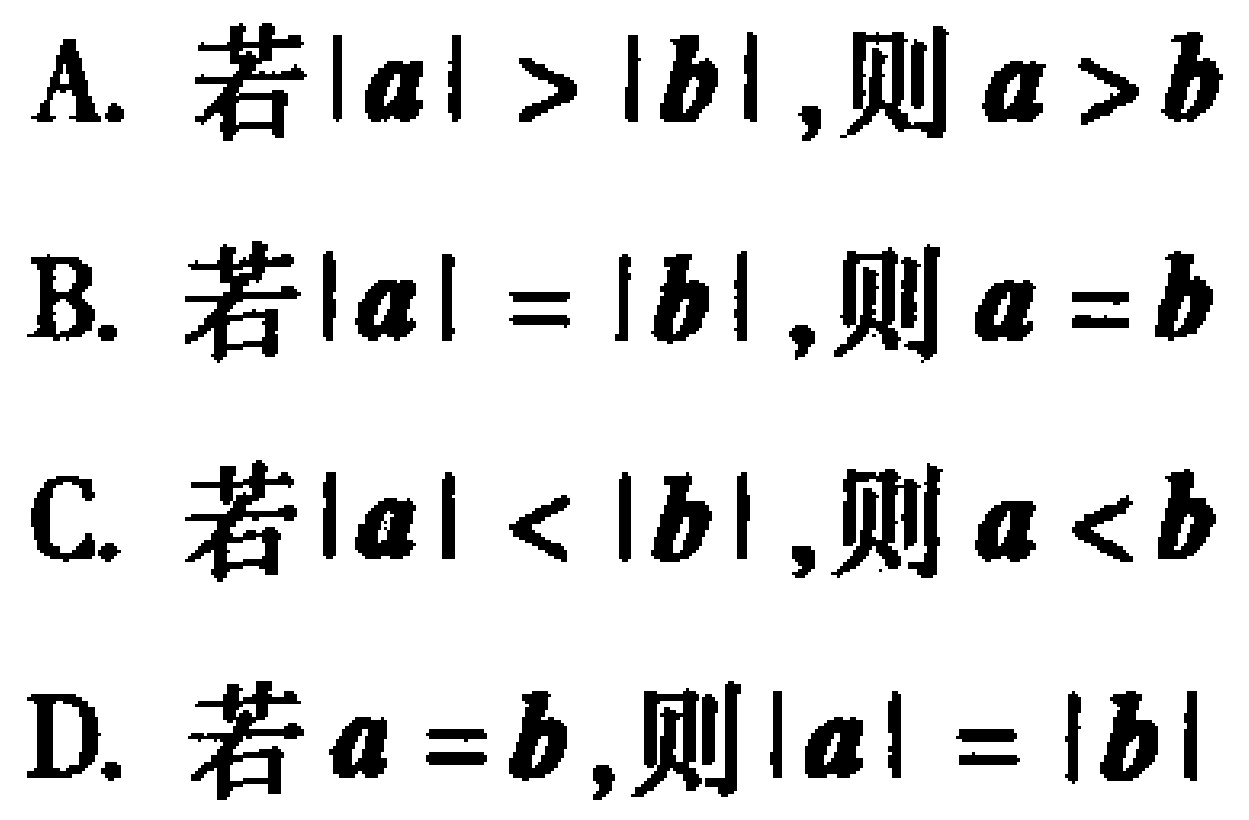
A. 若\(\vert a\vert > \vert b\vert\),则\(a > b\)
B. 若\(\vert a\vert = \vert b\vert\),则\(a = b\)
C. 若\(\vert a\vert < \vert b\vert\),则\(a < b\)
D. 若\(a = b\),则\(\vert a\vert = \vert b\vert\)